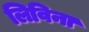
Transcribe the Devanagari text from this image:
लिविना